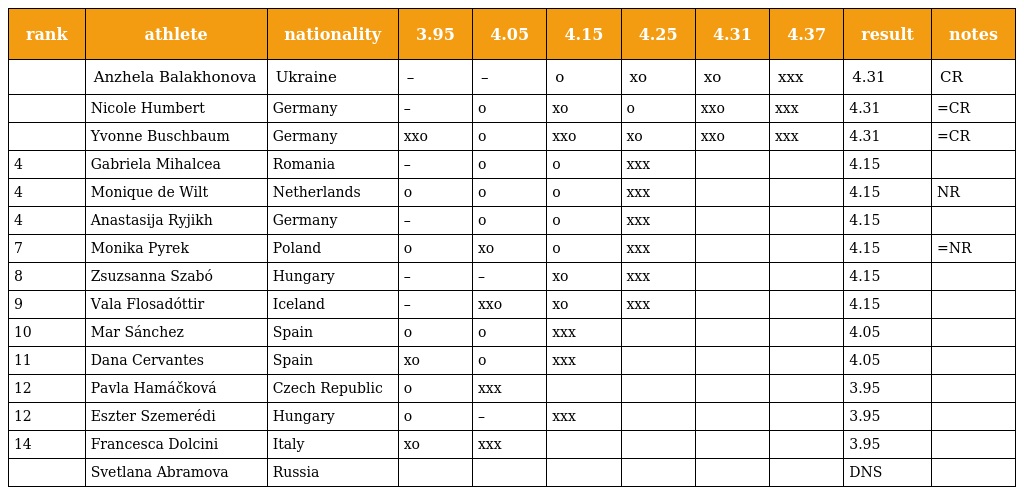
| rank | athlete | nationality | 3.95 | 4.05 | 4.15 | 4.25 | 4.31 | 4.37 | result | notes |
 | --- | --- | --- | --- | --- | --- | --- | --- | --- | --- | --- |
 |  | Anzhela Balakhonova | Ukraine | – | – | o | xo | xo | xxx | 4.31 | CR |
 |  | Nicole Humbert | Germany | – | o | xo | o | xxo | xxx | 4.31 | =CR |
 |  | Yvonne Buschbaum | Germany | xxo | o | xxo | xo | xxo | xxx | 4.31 | =CR |
 | 4 | Gabriela Mihalcea | Romania | – | o | o | xxx |  |  | 4.15 |  |
 | 4 | Monique de Wilt | Netherlands | o | o | o | xxx |  |  | 4.15 | NR |
 | 4 | Anastasija Ryjikh | Germany | – | o | o | xxx |  |  | 4.15 |  |
 | 7 | Monika Pyrek | Poland | o | xo | o | xxx |  |  | 4.15 | =NR |
 | 8 | Zsuzsanna Szabó | Hungary | – | – | xo | xxx |  |  | 4.15 |  |
 | 9 | Vala Flosadóttir | Iceland | – | xxo | xo | xxx |  |  | 4.15 |  |
 | 10 | Mar Sánchez | Spain | o | o | xxx |  |  |  | 4.05 |  |
 | 11 | Dana Cervantes | Spain | xo | o | xxx |  |  |  | 4.05 |  |
 | 12 | Pavla Hamáčková | Czech Republic | o | xxx |  |  |  |  | 3.95 |  |
 | 12 | Eszter Szemerédi | Hungary | o | – | xxx |  |  |  | 3.95 |  |
 | 14 | Francesca Dolcini | Italy | xo | xxx |  |  |  |  | 3.95 |  |
 |  | Svetlana Abramova | Russia |  |  |  |  |  |  | DNS |  |